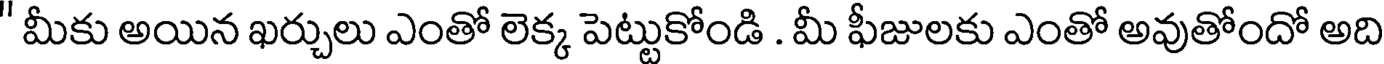
' మీకు అయిన ఖర్చులు ఎంతో లెక్క పెట్టుకోండి . మీ ఫీజులకు ఎంతో అవుతోందో అది